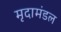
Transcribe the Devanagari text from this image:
मृदामंडल